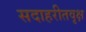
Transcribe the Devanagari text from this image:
सदाहरीतवृक्ष